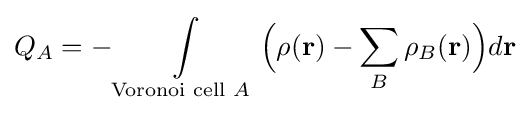
Q_{A}=-\int \limits _{{\text{Voronoi cell }}A}{\Big (}\rho (\mathbf {r} )-\sum _{B}\rho _{B}(\mathbf {r} ){\Big )}d\mathbf {r}